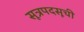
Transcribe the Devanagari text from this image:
सूत्रपदसूची